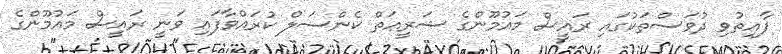
ފާއިތުވި ދުވަސްތަކުގައި ރައީސް މައުމޫންގެ ޝަރީޢަތް ކެންސަލް ކުރައްވާފައި ވަނީ ރައީސް މައުމޫންގެ